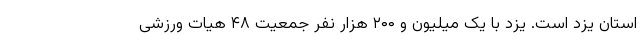
استان یزد است. یزد با یک میلیون و ۲۰۰ هزار نفر جمعیت ۴۸ هیات ورزشی